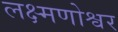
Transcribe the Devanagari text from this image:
लक्ष्मणोश्वर